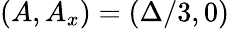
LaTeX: (A,A_{x})=(\Delta/3,0)